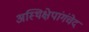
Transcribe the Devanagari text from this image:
अस्थिक्षेपांगंचेदं